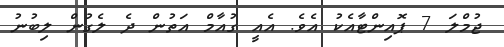
ޖުމްލަ 7 ޕޮއިންޓާއެކު އެވެ. އެއީ ގުއާމް އަތުން ދެ ލެގުން ލިބުނު